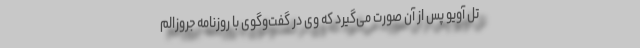
تل آویو پس از آن صورت می‌گیرد که وی در گفت‌و‌گوی با روزنامه جروزالم